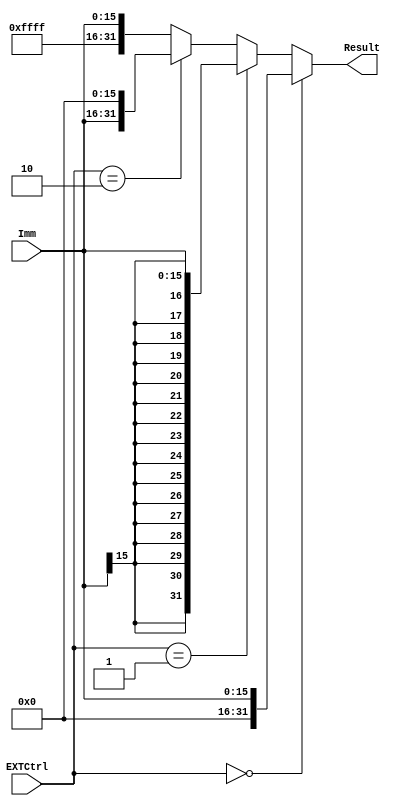
`timescale 1ns / 1ps
//////////////////////////////////////////////////////////////////////////////////
// Company: 
// Engineer: 
// 
// Design Name: 
// Module Name:    ext 
// Project Name: 
// Target Devices: 
// Tool versions: 
// Description: 
//
// Dependencies: 
//
// Revision: 
// Revision 0.01 - File Created
// Additional Comments: 
//
//////////////////////////////////////////////////////////////////////////////////
module ext(
    input [15:0] Imm,
    input [1:0] EXTCtrl,
    output [31:0] Result
    );
	
	assign Result=	EXTCtrl==2'b00 ? {{16{1'b0}},Imm} :
					EXTCtrl==2'b01 ? {{16{Imm[15:15]}},Imm} :
					EXTCtrl==2'b10 ? {Imm,{16{1'b0}}} :
					{{16{1'b1}},Imm};

endmodule